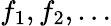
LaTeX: f_{1},f_{2},\ldots